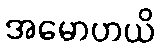
အမောဟယိ